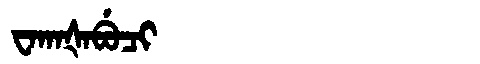
Manchu: ᠸᠠᡴᠠᡧᠠᠪᡠᠴᡳ
Romanization: WAKAŠABUCI